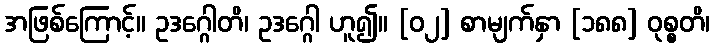
အဖြစ်ကြောင့်။ ဥဒဂ္ဂေါတိ၊ ဥဒဂ္ဂေါ ဟူ၍။ [၀၂] စာမျက်နှာ [၁၈၈] ဝုစ္စတိ၊